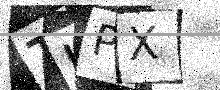
Text: TUPX